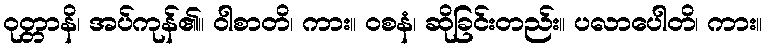
ဝုတ္တာနိ၊ အပ်ကုန်၏။ ဝါစာတိ၊ ကား။ ဝစနံ၊ ဆိုခြင်းတည်း။ ပလာပေါတိ၊ ကား။